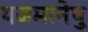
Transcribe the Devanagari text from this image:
यजमानेषु